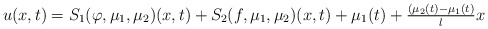
\begin{align*} u(x, t) = S_{1}(\varphi, \mu_{1}, \mu_{2})(x, t) + S_{2}(f, \mu_{1}, \mu_{2})(x, t) + \mu_{1}(t) + \tfrac{(\mu_{2}(t) - \mu_{1}(t)}{l} x \end{align*}